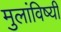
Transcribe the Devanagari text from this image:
मुलांविष्यी